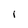
Character: I